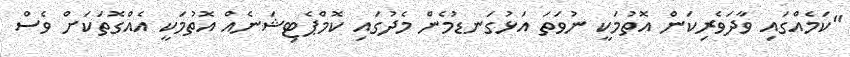
"ކަމެއްގައި ވާދަވެރިކަން އޮތުމަކީ ނުވަތަ އަޅުގަނޑުމެން މެދުގައި ކޮމްޕެޓިޝަނެއް އޮތުމަކީ އެއްގޮތަކަށް ވެސް